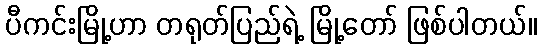
ပီကင်းမြို့ဟာ တရုတ်ပြည်ရဲ့ မြို့တော် ဖြစ်ပါတယ်။